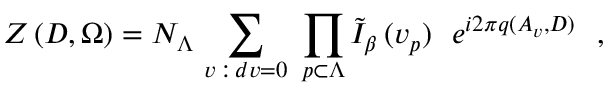
\left. Z \, ( D , \Omega ) = N _ { \Lambda } \, \sum _ { v \, : \, d v = 0 } \ \prod _ { p \subset \Lambda } \tilde { I } _ { \beta } \, ( v _ { p } ) \ \ e ^ { i 2 \pi q ( A _ { v } , D ) } \ \ , \right.